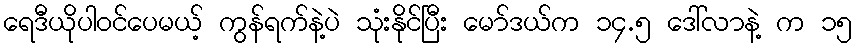
ရေဒီယိုပါဝင်ပေမယ့် ကွန်ရက်နဲ့ပဲ သုံးနိုင်ပြီး မော်ဒယ်က ၁၄.၅ ဒေါ်လာနဲ့ က ၁၅